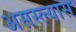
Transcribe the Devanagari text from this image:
असस्ल्यास